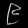
Digit: ၉